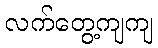
လက်တွေ့ကျကျ